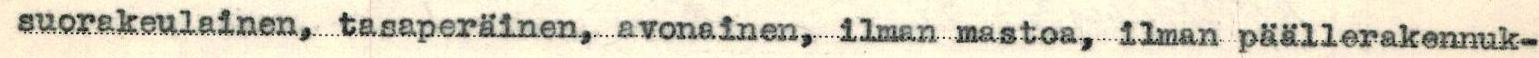
suorakeulainen, tasaperäinen, avoinainen, ilman mastoa, ilman päällerakennuk-